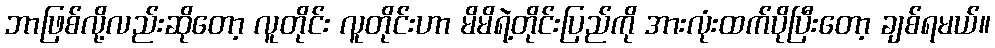
ဘာဖြစ်လို့လည်းဆိုတော့ လူတိုင်း လူတိုင်းဟာ မိမိရဲ့တိုင်းပြည်ကို အားလုံးထက်ပိုပြီးတော့ ချစ်ရမယ်။